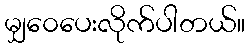
မျှ၀ေပေးလိုက်ပါတယ်။